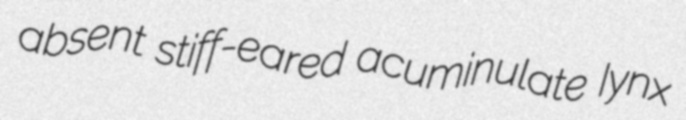
absent stiff-eared acuminulate Iynx